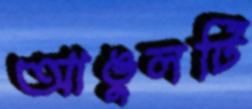
আঙুলটি